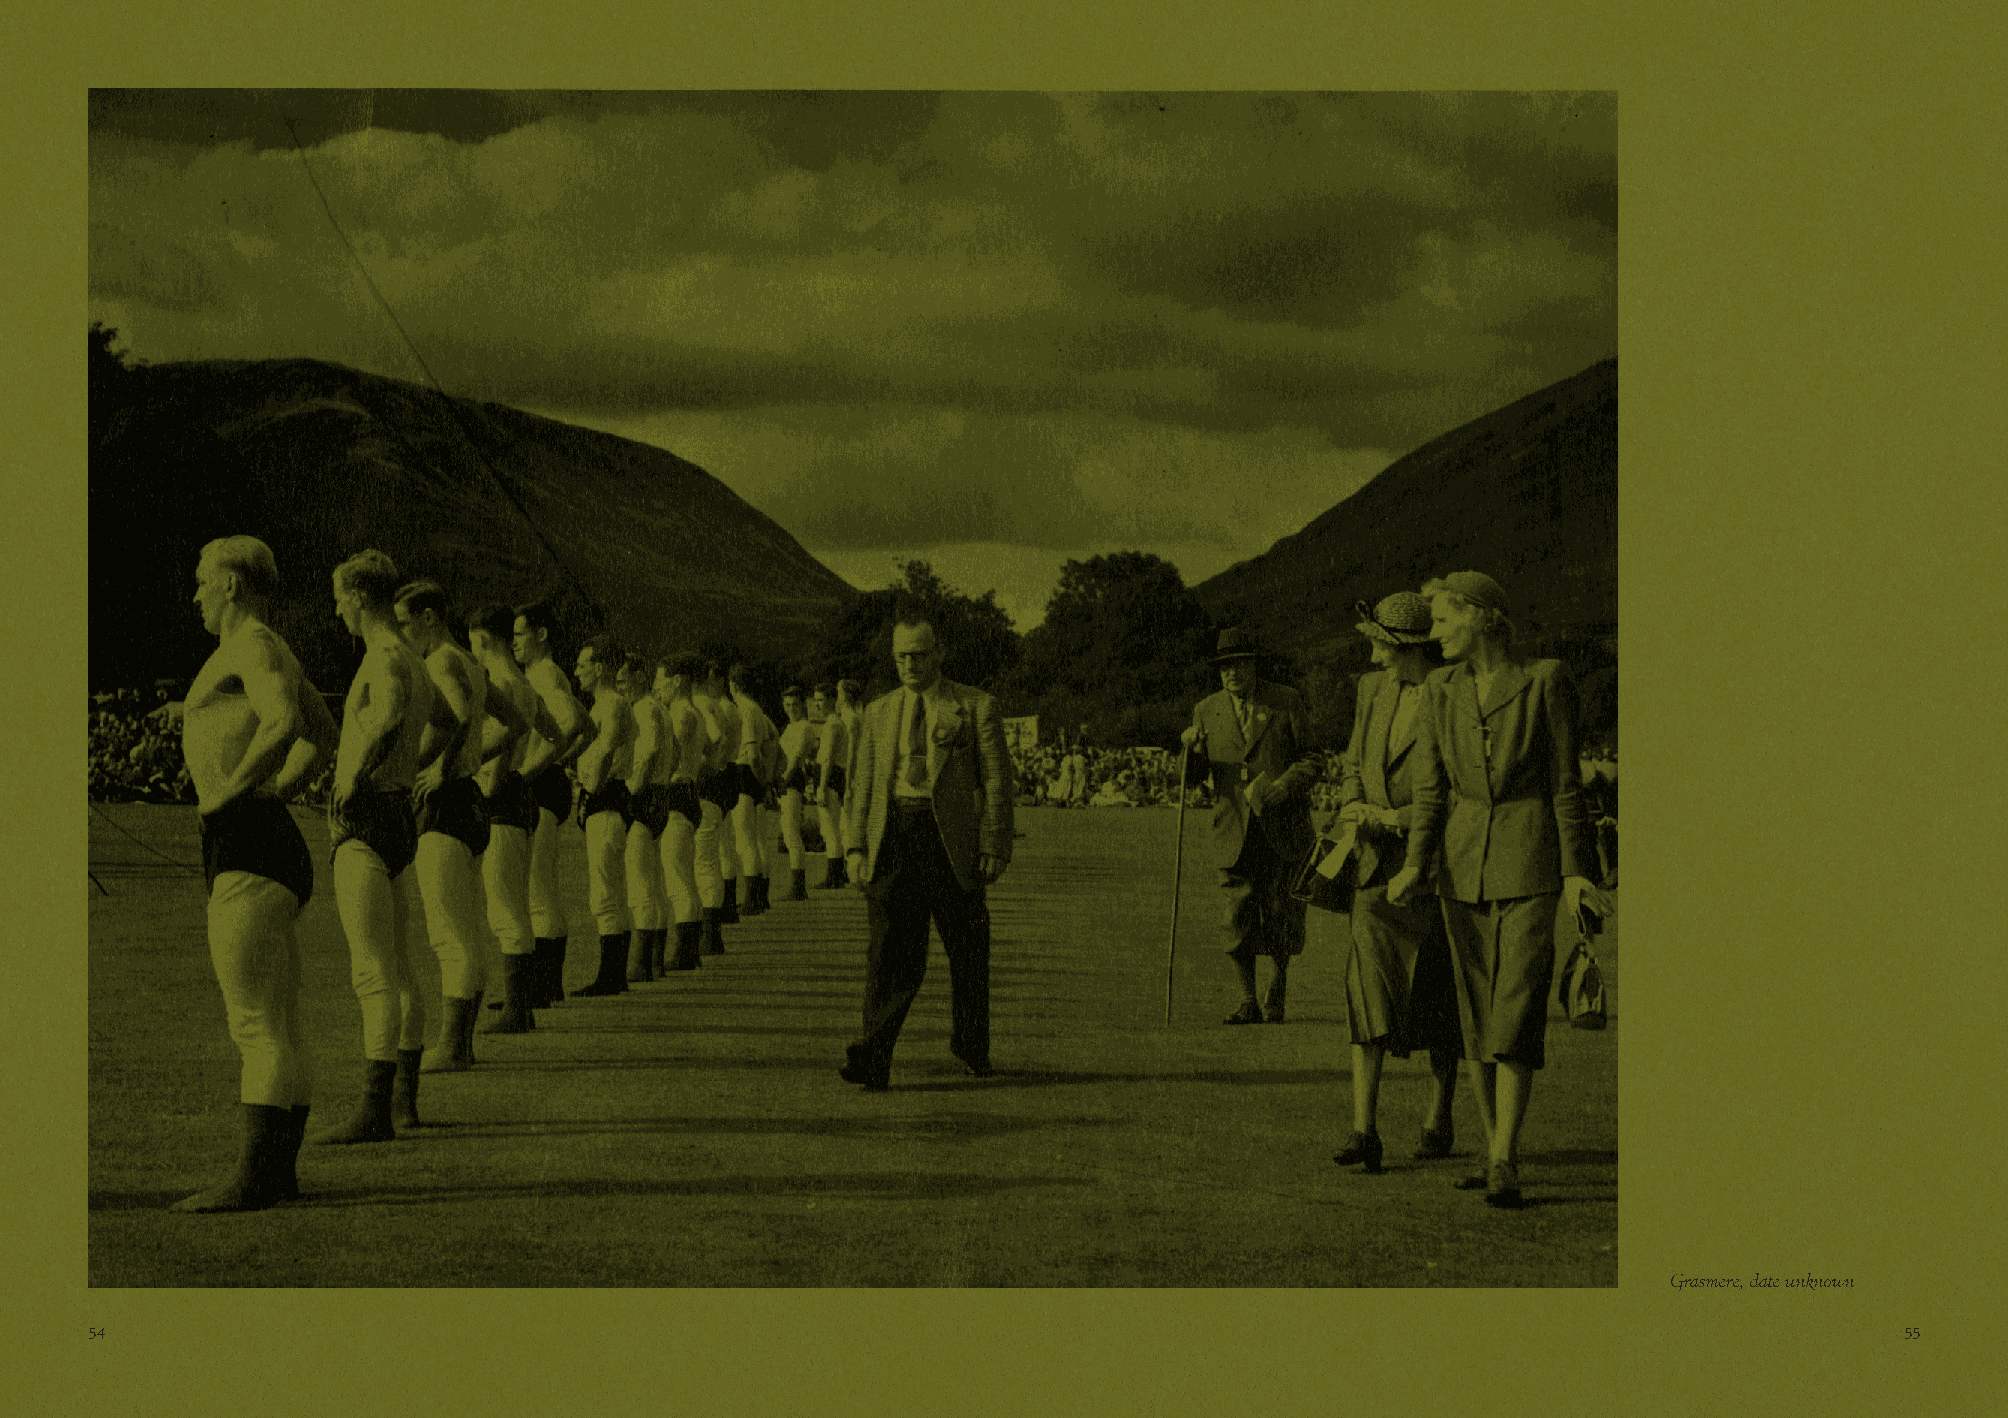
Grasmere, date unknown
 54                                                                                                                      55